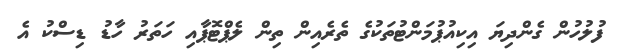
ފުލުހުން ގެންދިޔަ އިކިއުޕުމަންޓުތަކުގެ ތެރެއިން ތިން ލެޕްޓޮޕާއި ހަތަރު ހާޑު ޑިސްކު އެ